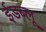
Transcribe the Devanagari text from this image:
ईडब्लू